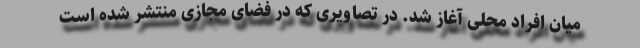
میان افراد محلی آغاز شد. در تصاویری که در فضای مجازی منتشر شده است